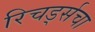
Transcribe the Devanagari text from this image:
रिचर्ड्सचा